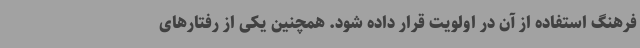
فرهنگ استفاده از آن در اولویت قرار داده شود. همچنین یکی از رفتارهای